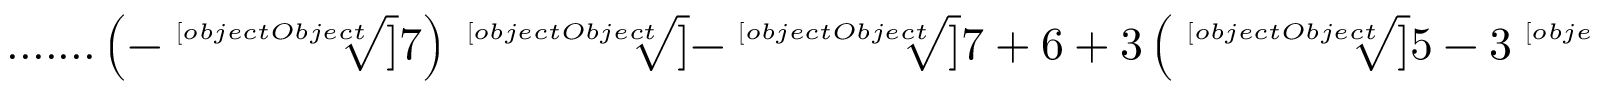
{ \mathrm { . . . . . . . } } \left( - { \sqrt [ [object Object] ] { 7 } } \right) { \sqrt [ [object Object] ] { - { \sqrt [ [object Object] ] { 7 } } + 6 + 3 \left( { \sqrt [ [object Object] ] { 5 - 3 { \sqrt [ [object Object] ] { 7 } } } } + { \sqrt [ [object Object] ] { 4 - 3 { \sqrt [ [object Object] ] { 7 } } } } \right) } }